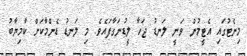
މިނެޓުގައި އެޓީމުން ވަނީ ލަނޑު ޖަހާ ލީޑުނަގާފައެވެ. މި ލަނޑު ޑެންމާކަށް ކާމިޔާބު